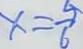
x = \frac { 5 } { 6 }